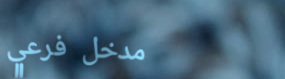
مدخل فرعي